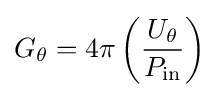
G_{\theta }=4\pi \left({\frac {U_{\theta }}{P_{\text{in}}}}\right)